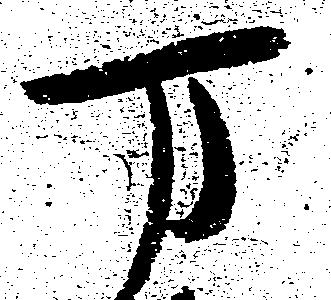
万